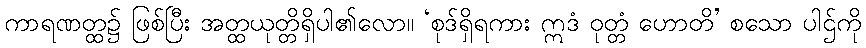
ကာရဏတ္ထ၌ ဖြစ်ပြီး အတ္ထယုတ္တိရှိပါ၏လော။ ‘စုဒ်ရှိရကား ဣဒံ ဝုတ္တံ ဟောတိ’ စသော ပါဌ်ကို